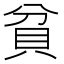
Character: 貧